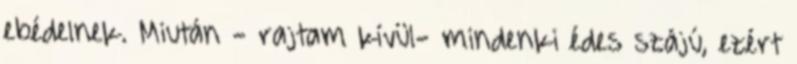
ebédelnek. Miután - rajtam kívül- mindenki édes szájú, ezért